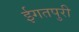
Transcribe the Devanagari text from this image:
ईगतपुरी